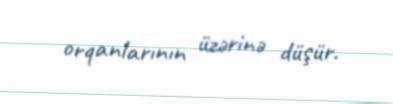
orqanlarının üzərinə düşür.